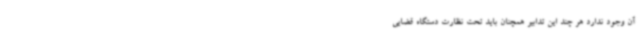
آن وجود ندارد هر چند این تدابیر همچنان باید تحت نظارت دستگاه قضایی